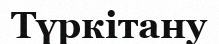
Түркітану